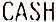
CASH